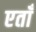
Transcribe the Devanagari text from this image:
एताँ